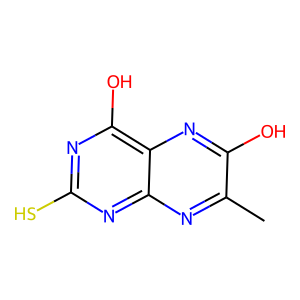
SMILES: Cc1nc2nc(S)nc(O)c2nc1O
Inhibits HIV replication: No